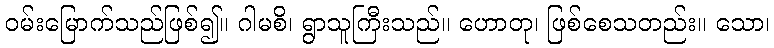
ဝမ်းမြောက်သည်ဖြစ်၍။ ဂါမစိ၊ ရွာသူကြီးသည်။ ဟောတု၊ ဖြစ်စေသတည်း။ သော၊